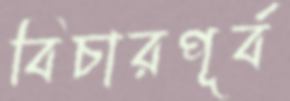
বিচারপূর্ব